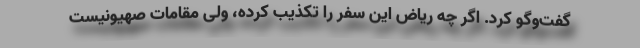
گفت‌وگو کرد. اگر چه ریاض این سفر را تکذیب کرده، ولی مقامات صهیونیست